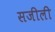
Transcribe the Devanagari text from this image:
सजीली